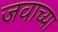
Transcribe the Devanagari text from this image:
जवाच्या